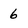
Character: 6